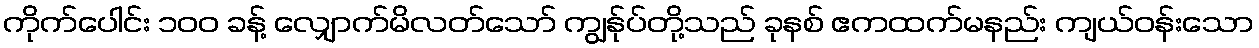
ကိုက်ပေါင်း ၁၀၀ ခန့် လျှောက်မိလတ်သော် ကျွန်ုပ်တို့သည် ခုနစ် ဧကထက်မနည်း ကျယ်ဝန်းသော